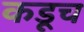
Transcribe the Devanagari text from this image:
कडूच